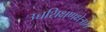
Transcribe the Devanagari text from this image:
उच्चशिक्षणक्षेत्रात